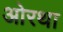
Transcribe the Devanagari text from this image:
ओरथा